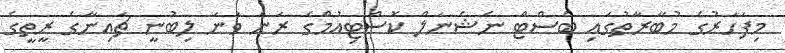
މިފަހަރުގެ މުބާރާތުގައި ބެސްޓް ނެޝެނަލް ކޮސްޓިއުމްގެ ރަން ވަނަ ލިބުނީ ޗައިނާގެ ރީތީގެ